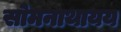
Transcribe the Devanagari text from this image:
सोमनाथायय